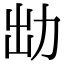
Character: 㔘